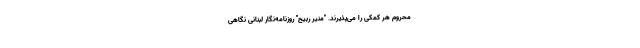
محروم هر کمکی را می‌پذیرند. "منیر ربیحِ" روزنامه‌نگار لبنانی نگاهی